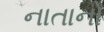
નાતાનો